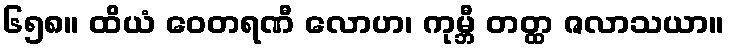
၆၅၈။ ထိယံ ဝေတရဏီ လောဟ၊ ကုမ္ဘီ တတ္ထ ဇလာသယာ။